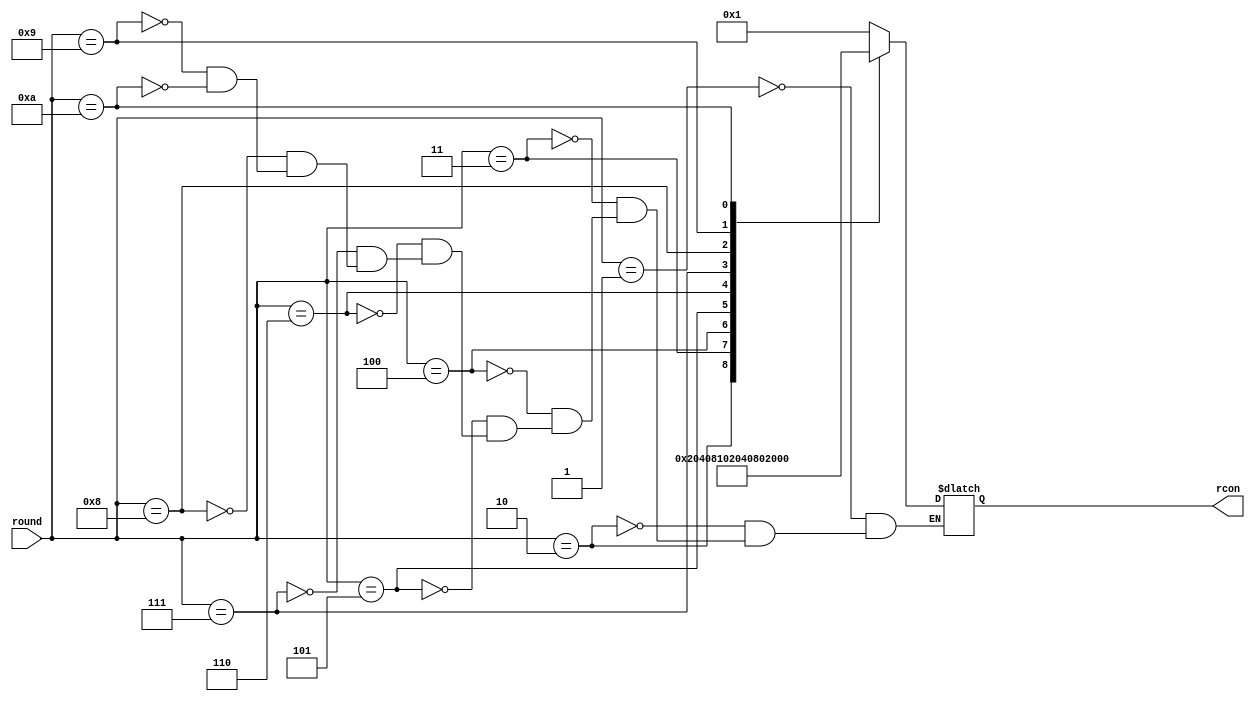
`timescale 1ns / 1ps
//////////////////////////////////////////////////////////////////////////////////
// Company:
// Engineer:
//
// Design Name:
// Module Name: rcon
// Project Name:
// Target Devices:
// Tool Versions:
// Description:
//
// Dependencies:
//
// Revision:
// Revision 0.01 - File Created
// Additional Comments:
//
//////////////////////////////////////////////////////////////////////////////////


module rcon(
    input [7:0] round, /* Round Number */
    output [7:0] rcon /* RCON Column*/
);

    /**** Locals ****/
    reg [7:0] localRcon = 8'h0;

    /**** Procedural Blocks ****/
    always @(round) begin
        case(round)
            8'h01: localRcon <= 8'h01;
            8'h02: localRcon <= 8'h02;
            8'h03: localRcon <= 8'h04;
            8'h04: localRcon <= 8'h08;
            8'h05: localRcon <= 8'h10;
            8'h06: localRcon <= 8'h20;
            8'h07: localRcon <= 8'h40;
            8'h08: localRcon <= 8'h80;
            8'h09: localRcon <= 8'h1b;
            8'h0A: localRcon <= 8'h36;
            default: localRcon <= localRcon;
        endcase
    end

    /**** Assignments ****/
    assign rcon = localRcon;
endmodule